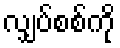
လျှပ်စစ်ကို